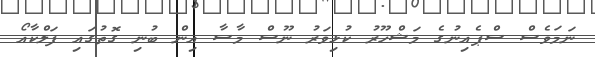
ނަމަވެސް ސްޕެއިނުގެ މަޝްހޫރު ކުޅިވަރު ނޫސް މާސާ އިން ބުނި ގޮތުގައި ފަލްކާއޯ